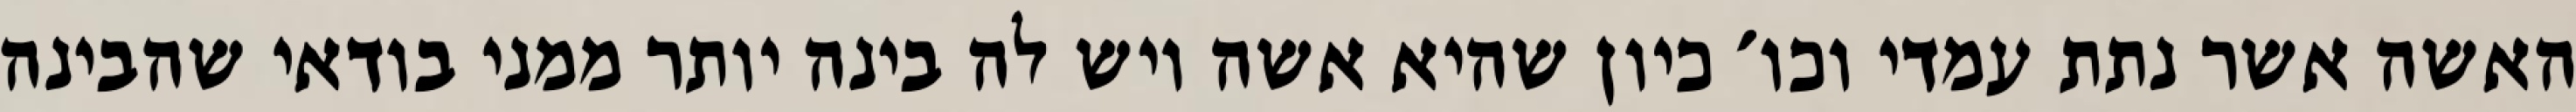
האשה אשר נתת עמדי וכו׳ כיון שהיא אשה ויש לה בינה יותר ממני בודאי שהבינה